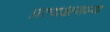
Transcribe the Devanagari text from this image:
प्रत्यक्षगम्य